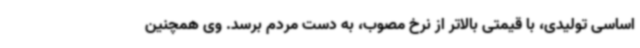
اساسی تولیدی، با قیمتی بالاتر از نرخ مصوب، به دست مردم برسد. وی همچنین